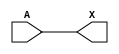
/*
 * Copyright 2020 The SkyWater PDK Authors
 *
 * Licensed under the Apache License, Version 2.0 (the "License");
 * you may not use this file except in compliance with the License.
 * You may obtain a copy of the License at
 *
 *     https://www.apache.org/licenses/LICENSE-2.0
 *
 * Unless required by applicable law or agreed to in writing, software
 * distributed under the License is distributed on an "AS IS" BASIS,
 * WITHOUT WARRANTIES OR CONDITIONS OF ANY KIND, either express or implied.
 * See the License for the specific language governing permissions and
 * limitations under the License.
 *
 * SPDX-License-Identifier: Apache-2.0
*/


`ifndef SKY130_FD_SC_LP__DLYBUF4S50KAPWR_FUNCTIONAL_V
`define SKY130_FD_SC_LP__DLYBUF4S50KAPWR_FUNCTIONAL_V

/**
 * dlybuf4s50kapwr: Delay Buffer 4-stage 0.50um length inner stage
 *                  gates on keep-alive power rail.
 *
 * Verilog simulation functional model.
 */

`timescale 1ns / 1ps
`default_nettype none

`celldefine
module sky130_fd_sc_lp__dlybuf4s50kapwr (
    X,
    A
);

    // Module ports
    output X;
    input  A;

    // Local signals
    wire buf0_out_X;

    //  Name  Output      Other arguments
    buf buf0 (buf0_out_X, A              );
    buf buf1 (X         , buf0_out_X     );

endmodule
`endcelldefine

`default_nettype wire
`endif  // SKY130_FD_SC_LP__DLYBUF4S50KAPWR_FUNCTIONAL_V